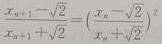
\[
\frac{x_{n + 1} - \sqrt{2}}{x_{n + 1} + \sqrt{2}} = \left( \frac{x_n - \sqrt{2}}{x_n + \sqrt{2}} \right)^2
\]